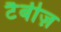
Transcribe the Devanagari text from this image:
टैबीज़